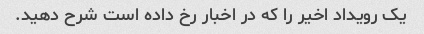
یک رویداد اخیر را که در اخبار رخ داده است شرح دهید.